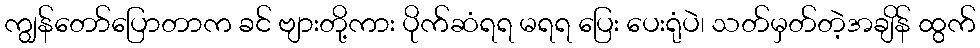
ကျွန်တော်ပြောတာက ခင် ဗျားတို့ကား ပိုက်ဆံရရ မရရ ပြေး ပေးရုံပဲ၊ သတ်မှတ်တဲ့အချိန် ထွက်